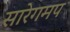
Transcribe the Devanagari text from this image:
सारेगमप